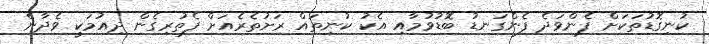
ކުނިގޮޑުތަކަށް ފެންވަދެ ފެންގަނޑު ބޮޑުވުމާއި އެކު ކުނިތައް ރަށުތެރެއަށް ފެތުރިގެން ދިއުމަކީ ވެދާނެ